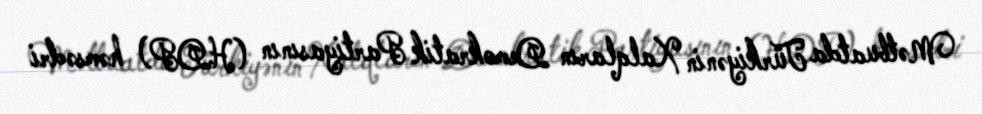
Mətbuatda Türkiyənin Xalqların Demokratik Partiyasının (HDP) həmsədri